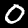
Digit: 0